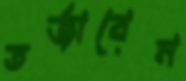
তর্জাবেন